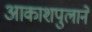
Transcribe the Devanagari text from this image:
आकाशपुलाने